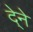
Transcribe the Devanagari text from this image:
दे्ने